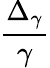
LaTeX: \frac{\Delta_{\gamma}}{\gamma}